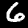
Digit: 6